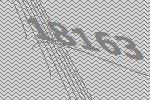
18163